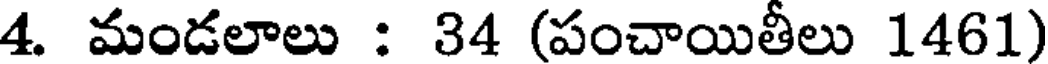
4. మండలాలు : 34 (పంచాయితీలు 1461)